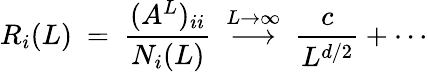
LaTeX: R_{i}(L)~=~\frac{(A^{L})_{ii}}{N_{i}(L)}~\stackrel{L\rightarrow\infty}{\longrightarrow}~\frac{c}{L^{d/2}}+\cdots